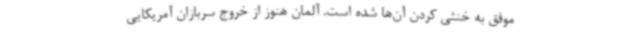
موفق به خنثی کردن آن‌ها شده است. آلمان هنوز از خروج سربازان آمریکایی